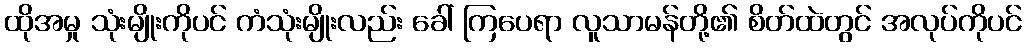
ထိုအမှု သုံးမျိုးကိုပင် ကံသုံးမျိုးလည်း ခေါ် ကြပေရာ လူသာမန်တို့၏ စိတ်ထဲတွင် အလုပ်ကိုပင်